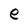
Character: e